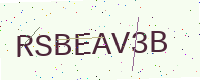
Text: RSBEAV3B